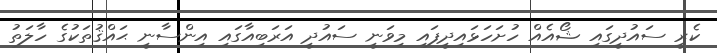
ކެރީ ސައުދީގައި ޝޯއެއް ހުށަހަޅައިދީފައި މިވަނީ ސައުދީ އަރަބިއާގައި އިންސާނީ ޙައްޤުތަކުގެ ހާލަތު